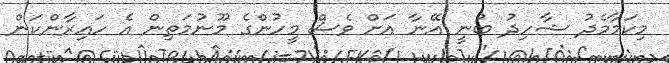
މިކަމާމެދު ޝާހިދު ބުނީ އޭނާ އަށް ވެސް މީހުންގެ މޫނުމަތިން އެ ހައިރާންކަން